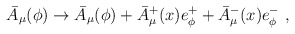
\begin{align*}\bar{A}_\mu (\phi )\rightarrow \bar{A}_\mu(\phi) +\bar{A}^+_\mu (x) e^+_\phi +\bar{A}^-_\mu (x) e^-_\phi\ ,\end{align*}